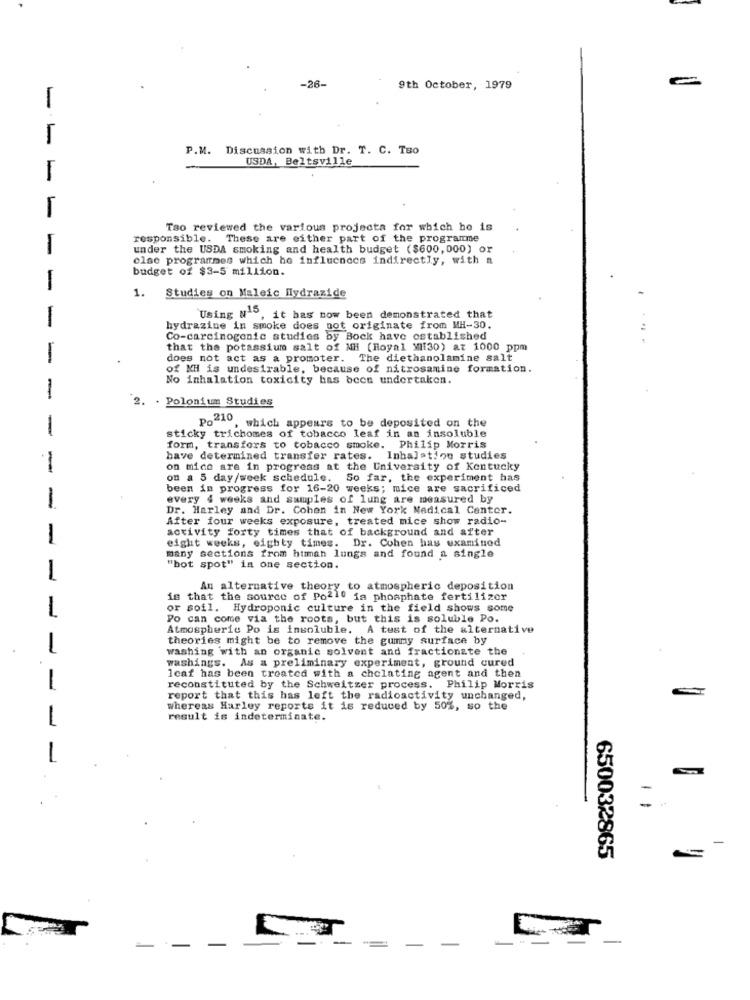
-28-
9th October, 1979
P.M. Discussion with Dr. T. C. Tao
USDA, Beltsville
Tso reviewed the various projecta for which he is
responsible. These are either part of the programme
under the USDA smoking and health budget ($600,000) or
else programmes which he influences indirectly, with a
budget of $3-5 million.
-
1. Studies on Maleic Hydrazide
-
Using N'", it has now been demonstrated that
hydrazine in smoke does not originate from MH-30.
Co-carcinogenic studies by Bock have established
that the potassium salt of MH (Royal Mil30) at 1000 ppm
-
does not act as a promoter. The diethanolamine salt
of KH is undesirable, because of nitrosamine formation.
No inhalation toxicity has been undertaken.
-
2. . Polonium Studies
Po210
, which appears to be deposited on the
-
sticky trichomes of tobacco leaf in an insoluble
form, transfers to tobacco smoke. Philip Morris
have determined transfer rates. Inhalation studies
-
on mice are in progress at the University of Kentucky
on a 5 day/week schedule. So far, the experiment has
been in progress for 16-20 weeks; mice are sacrificed
1
every 4 weeks and samples of lung are measured by
Dr. Harley and Dr. Cohen in New York Medical Center.
After four weeks exposure, treated mice show radio-
activity forty times that of background and after
1
eight weeks, eighty times. Dr. Cohen has examined
many sections from human lungs and found a single
"hot spot" in one section.
-
An alternative theory to atmospheric deposition
is that the source of Po210 fa phosphate fertilizer
or soil. Hydroponic culture in the field shows some
Po can come via the roots, but this is soluble Po.
Atmospheric Po is insoluble. A test of the alternative
theories might be to remove the gunmy surface by
1
washing with an organic solvent and fractionate the
washings. As a preliminary experiment, ground cured
lcaf has been treated with a chelating agent and then
-
reconstituted by the Schweitzer process. Philip Morris
report that this has left the radioactivity unchanged,
whereas Harley reports it is reduced by 50%, so the
result is indeterminate.
-
1
-
650032865
-